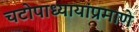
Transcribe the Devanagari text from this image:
चटोपाध्यायांप्रमाणे